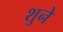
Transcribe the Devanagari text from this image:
शुने